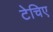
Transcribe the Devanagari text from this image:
टेचिए